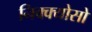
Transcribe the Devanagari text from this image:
निक्क्योसो